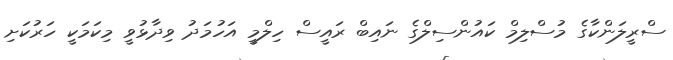
ސްރީލަންކާގެ މުސްލިމް ކައުންސިލްގެ ނައިބް ރައީސް ހިލްމީ އަހުމަދު ވިދާޅުވީ މިކަމަކީ ހަރުކަށި